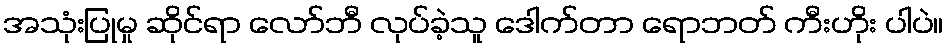
အသုံးပြုမှု ဆိုင်ရာ လော်ဘီ လုပ်ခဲ့သူ ဒေါက်တာ ရောဘတ် ကီးဟိုး ပါပဲ။